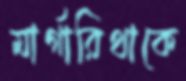
মার্গারিথাকে